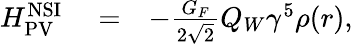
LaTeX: \begin{array}{rlr}{H_{\mathrm{PV}}^{\mathrm{NSI}}}&{{}=}&{-\frac{G_{F}}{2\sqrt{2}}Q_{W}\gamma^{5}\rho(r),}\end{array}